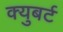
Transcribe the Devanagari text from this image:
क्युबर्ट